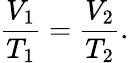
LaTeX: {\frac{V_{1}}{T_{1}}}={\frac{V_{2}}{T_{2}}}.